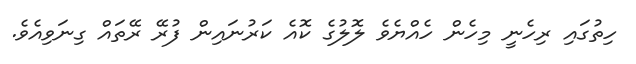
ހިތުގައި ރިހެނީ މިހެން ހެއްޔެވެ ލޮލުގެ ކޮއެ ކަރުނައިން ފުރޭ ރޭތައް ގިނަވިއެވެ.